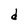
Character: d